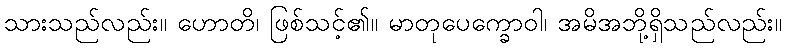
သားသည်လည်း။ ဟောတိ၊ ဖြစ်သင့်၏။ မာတုပေက္ခောဝါ၊ အမိအဘို့ရှိသည်လည်း။